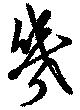
幾